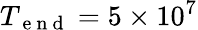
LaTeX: T_{\mathrm{~e~n~d~}}=5\times 10^{7}